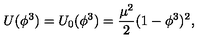
U ( \phi ^ { 3 } ) = U _ { 0 } ( \phi ^ { 3 } ) = \frac { \mu ^ { 2 } } { 2 } ( 1 - \phi ^ { 3 } ) ^ { 2 } ,